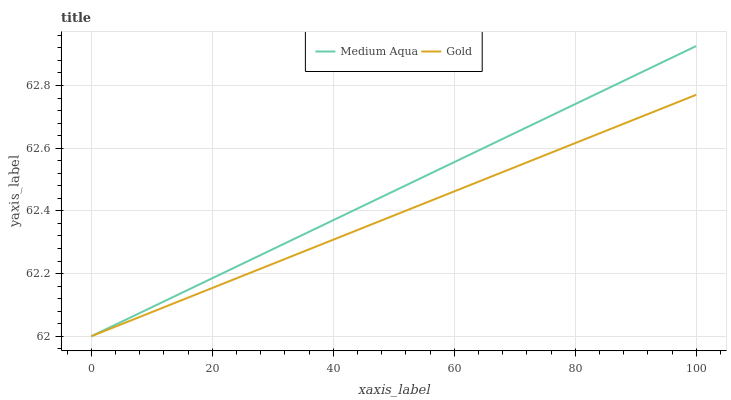
| xaxis_label | Medium Aqua | Gold |
 | --- | --- | --- |
 | 0 | 62 | 62 |
 | 9.09 | 62.1 | 62.1 |
 | 18.2 | 62.2 | 62.1 |
 | 27.3 | 62.3 | 62.2 |
 | 36.4 | 62.3 | 62.3 |
 | 45.5 | 62.4 | 62.4 |
 | 54.5 | 62.5 | 62.4 |
 | 63.6 | 62.6 | 62.5 |
 | 72.7 | 62.7 | 62.6 |
 | 81.8 | 62.8 | 62.6 |
 | 90.9 | 62.8 | 62.7 |
 | 100 | 62.9 | 62.8 |